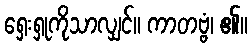
ရှေးရှုကိုသာလျှင်။ ကာတဗ္ဗံ၊ ၏။